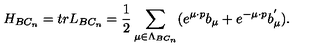
H _ { B C _ { n } } = t r L _ { B C _ { n } } = \frac { 1 } { 2 } \sum _ { \mu \in \Lambda _ { B C _ { n } } } ( e ^ { \mu \cdot p } b _ { \mu } + e ^ { - \mu \cdot p } b _ { \mu } ^ { ^ { \prime } } ) .